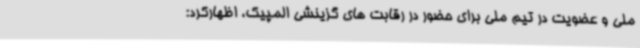
ملی و عضویت در تیم ملی برای حضور در رقابت های گزینشی المپیک، اظهارکرد: